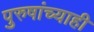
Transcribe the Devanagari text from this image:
पुरुषांच्याही